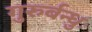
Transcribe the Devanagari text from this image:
गुरुर्बन्धुः